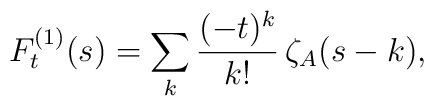
F_t^{(1)}(s) = \sum_k \frac{(-t)^k}{k!} \, \zeta_A(s-k),